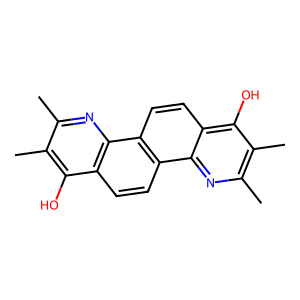
SMILES: Cc1nc2c(ccc3c2ccc2c(O)c(C)c(C)nc23)c(O)c1C
Inhibits HIV replication: No